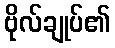
ဗိုလ်ချုပ်၏